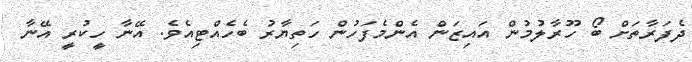
ދެފަރާތަށް ބޯ ހޫރާލުމުން އައިޒަން އެންމެފަހުން ހަތިޔާރު ބެހެއްޓިއެވެ. އޭނާ ހީކުރީ އޭނާ